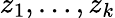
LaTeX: z_{1},\ldots,z_{k}